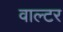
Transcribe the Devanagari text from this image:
वाल्‍टर